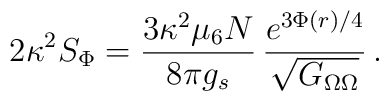
2\kappa^2 S_\Phi={{3\kappa^2\mu_6N}\over{8\pi g_s}}\,{{e^{3\Phi(r)/4}}\over{\sqrt{G_{\Omega\Omega}}}}  \,.